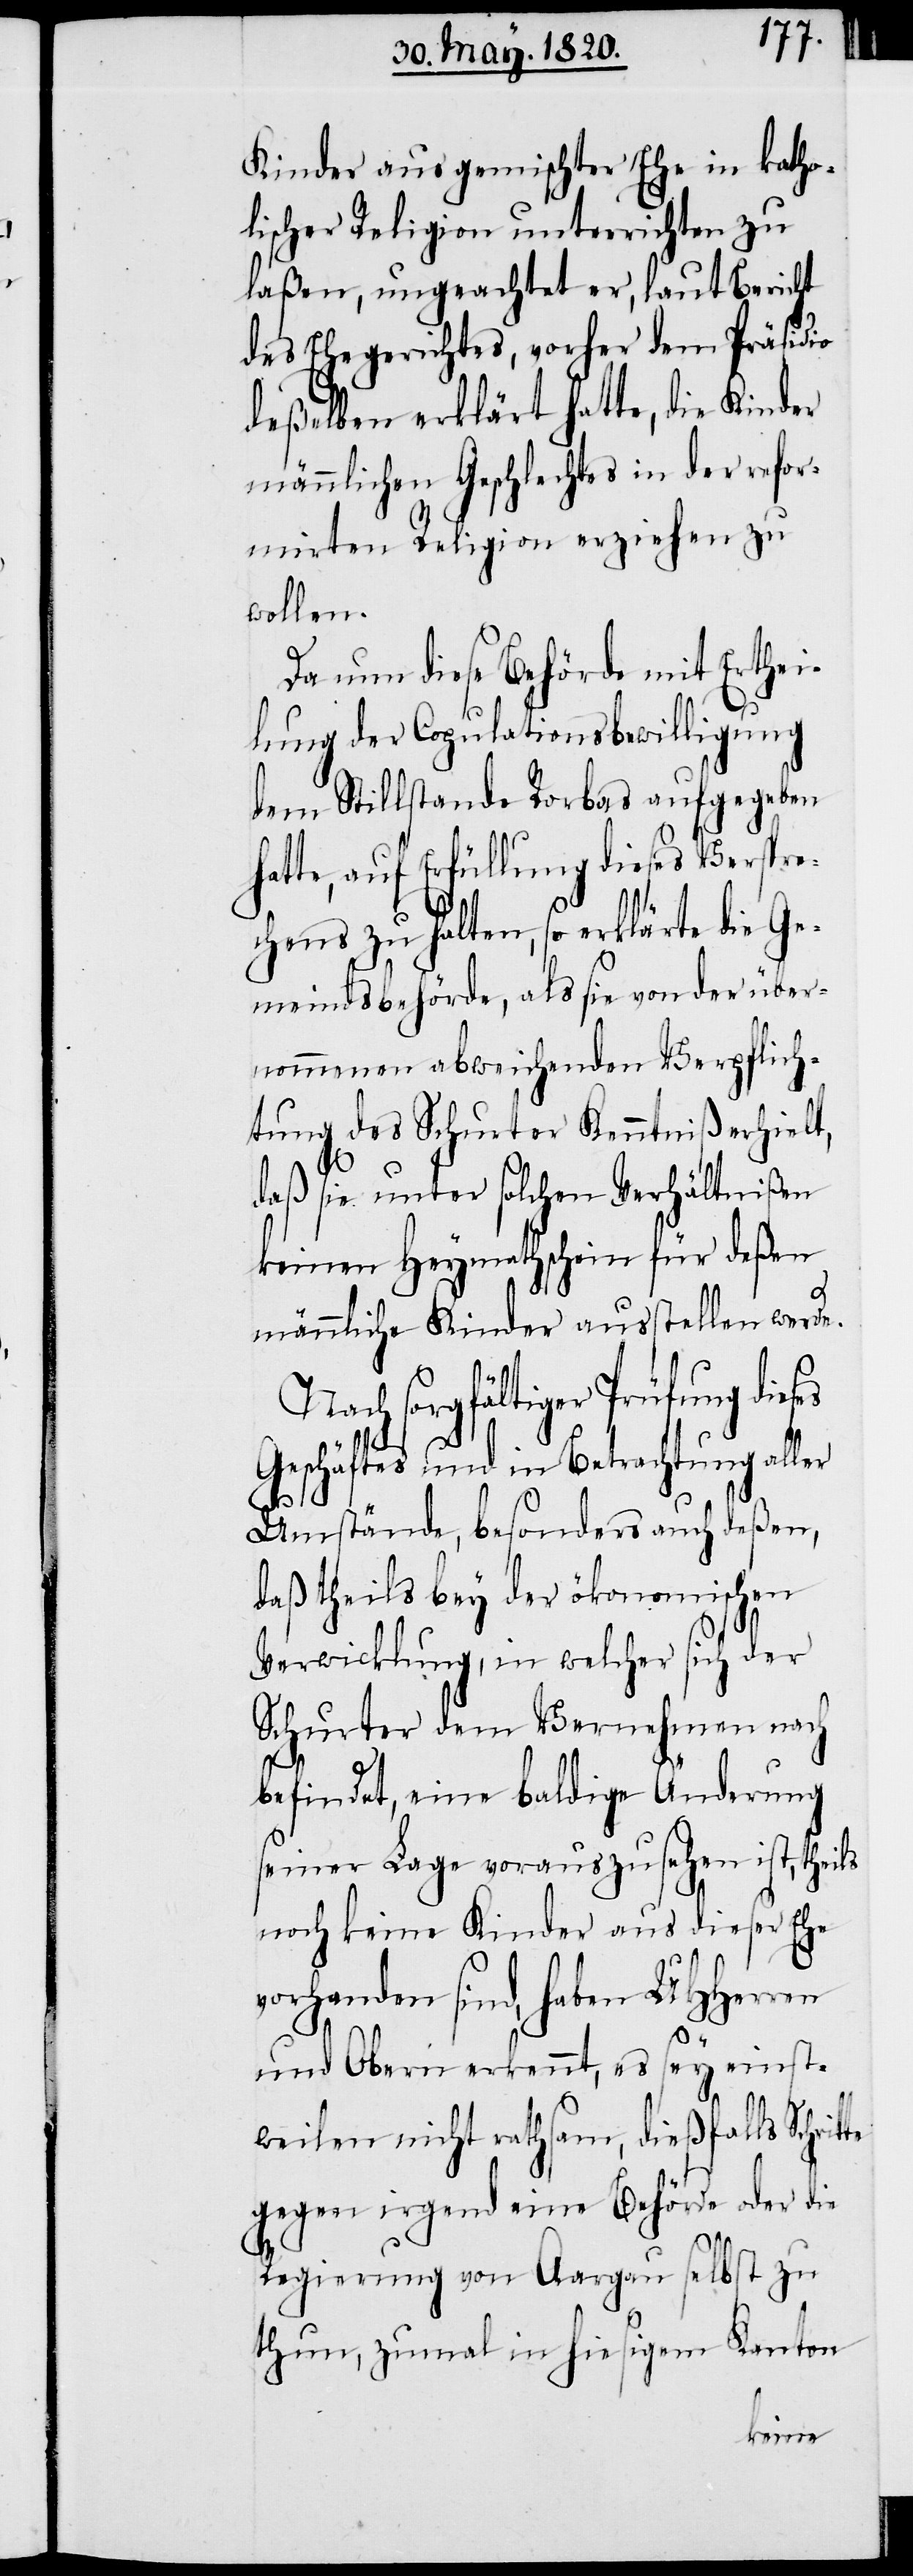
Kinder aus gemischter Ehe in katho¬
lischer Religion unterrichten zu
laßen, ungeachtet er, laut Bericht
des Ehegerichtes, vorher dem Präsidio
deßelben erklärt hatte, die Kinder
männlichen Geschlechtes in der refor¬
mirten Religion erziehen zu
wollen.
Da nun diese Behörde mit Erthei¬
lung der Copulationsbewilligung
dem Stillstande Rorbas aufgegeben
hatte, auf Erfüllung dieses Verspre¬
chens zu halten, so erklärte die Ge¬
meindsbehörde, als sie von der über¬
nommenen abweichenden Verpflich¬
tung des Schurter Kenntniß erhielt,
daß sie unter solchen Verhältnißen
keinen Heymathschein für deßen
männliche Kinder ausstellen werde.
Nach sorgfältiger Prüfung die¬
Geschäftes und in Betrachtung aller
Umstände, besonders auch deßen,
daß theils bey der ökonomischen
Verwicklung, in welcher sich der
Schurter dem Vernehmen nach
befindet, eine baldige Änderung
seiner Lage vorauszusehen ist, theils
noch keine Kinder aus dieser Ehe
vorhanden sind, haben UHherren
te
und Obern erkennt, es sey einst¬
weilen nicht rathsam, dießfalls Schrit¬
gegen irgend eine Behörde oder die
Regierung von Aargau selbst zu
thun, zumal in hiesigem Kanton